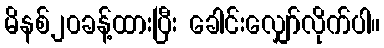
မိနစ်၂၀ခန့်ထားပြီး ခေါင်းလျှော်လိုက်ပါ။